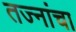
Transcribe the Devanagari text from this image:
तज्नांचा